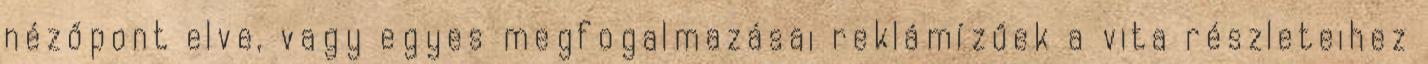
nézőpont elve, vagy egyes megfogalmazásai reklámízűek a vita részleteihez